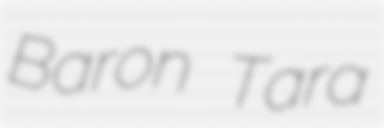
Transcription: Baron Tara